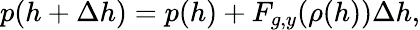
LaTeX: p(h+\Delta h)=p(h)+F_{g,y}(\rho(h))\Delta h,